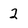
Character: 2